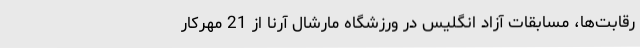
رقابت‌ها، مسابقات آزاد انگلیس در ورزشگاه مارشال آرنا از 21 مهرکار